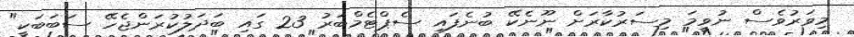
މިވަރުވެސް ނުވީމަ މިސަރުކާރަށް ނޫނެކޭ ބުނެފައި ސެޕްޓެމްބަރު 23 ގައި ބަދަލުކުރަންޖެހޭ ސަބަބަކީ"